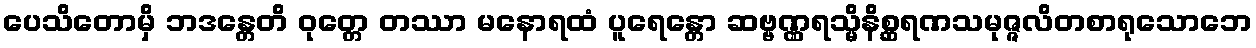
ပေသိတောမှိ ဘဒန္တေတိ ဝုတ္တေ တဿာ မနောရထံ ပူရေန္တော ဆဗ္ဗဏ္ဏရသ္မိနိစ္ဆရဏသမုဇ္ဇလိတစာရုသောဘေ